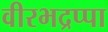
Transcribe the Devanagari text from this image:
वीरभद्रप्पा